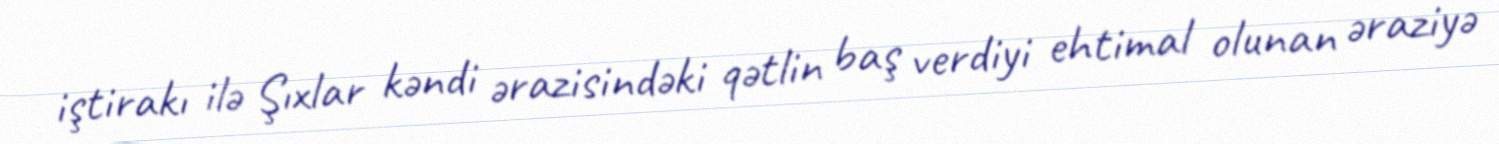
iştirakı ilə Şıxlar kəndi ərazisindəki qətlin baş verdiyi ehtimal olunan əraziyə